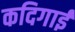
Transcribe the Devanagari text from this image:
कदिगाई